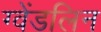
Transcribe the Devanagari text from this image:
ग्वेंडलिन